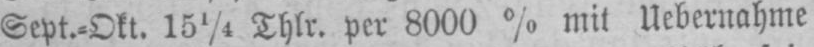
Sept.⸗Okt. 151/4 Thlr. per 8000% mit Übernahme